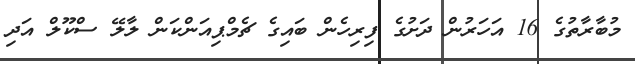
މުބާރާތުގެ 16 އަހަރުން ދަށުގެ ފިރިހެން ބައިގެ ޗެމްޕިއަންކަން ލާލޭ ސްކޫލް އަދި